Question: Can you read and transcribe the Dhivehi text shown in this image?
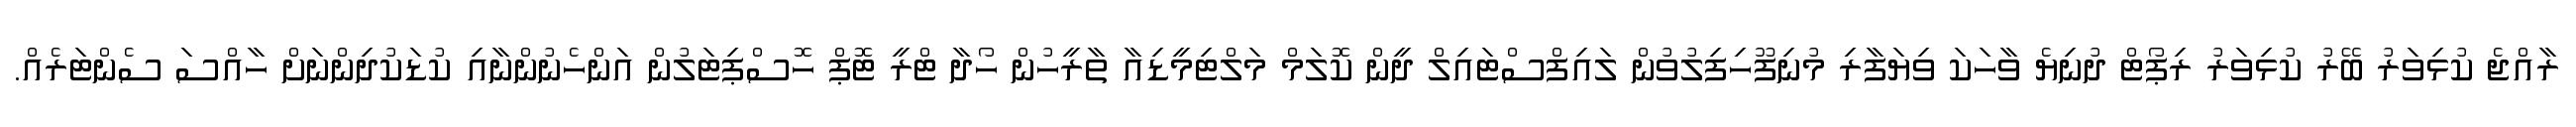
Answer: ރާއްޖެ ކުޅިވަރު ބޭރު ކުޅިވަރު ރިޕޯޓް ދުނިޔެ ވާހަކަ ވިޔަފާރި މުނިފޫހިފިލުވުން ލައިފްސްޓައިލް ދީން ކޮލަމް މަލްޓިމީޑިއާ ތާރީހުން ހޯދާ ޓްރީ ޓޮޕް ހޮސްޕިޓަލުން އަންހެނުންނާއި ކުޑަކުދިންނަށް ހާއްސަ ސެންޓަރެއް.